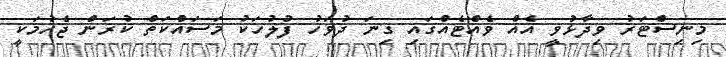
މިނިސްޓަރު ވިދާޅުވީ އެއް ވެއްޓެއްގައި ގިނަ ދުވަހު ފުލުހަކު މަސައްކަތް ކުރަން ޖެހުމަކީ